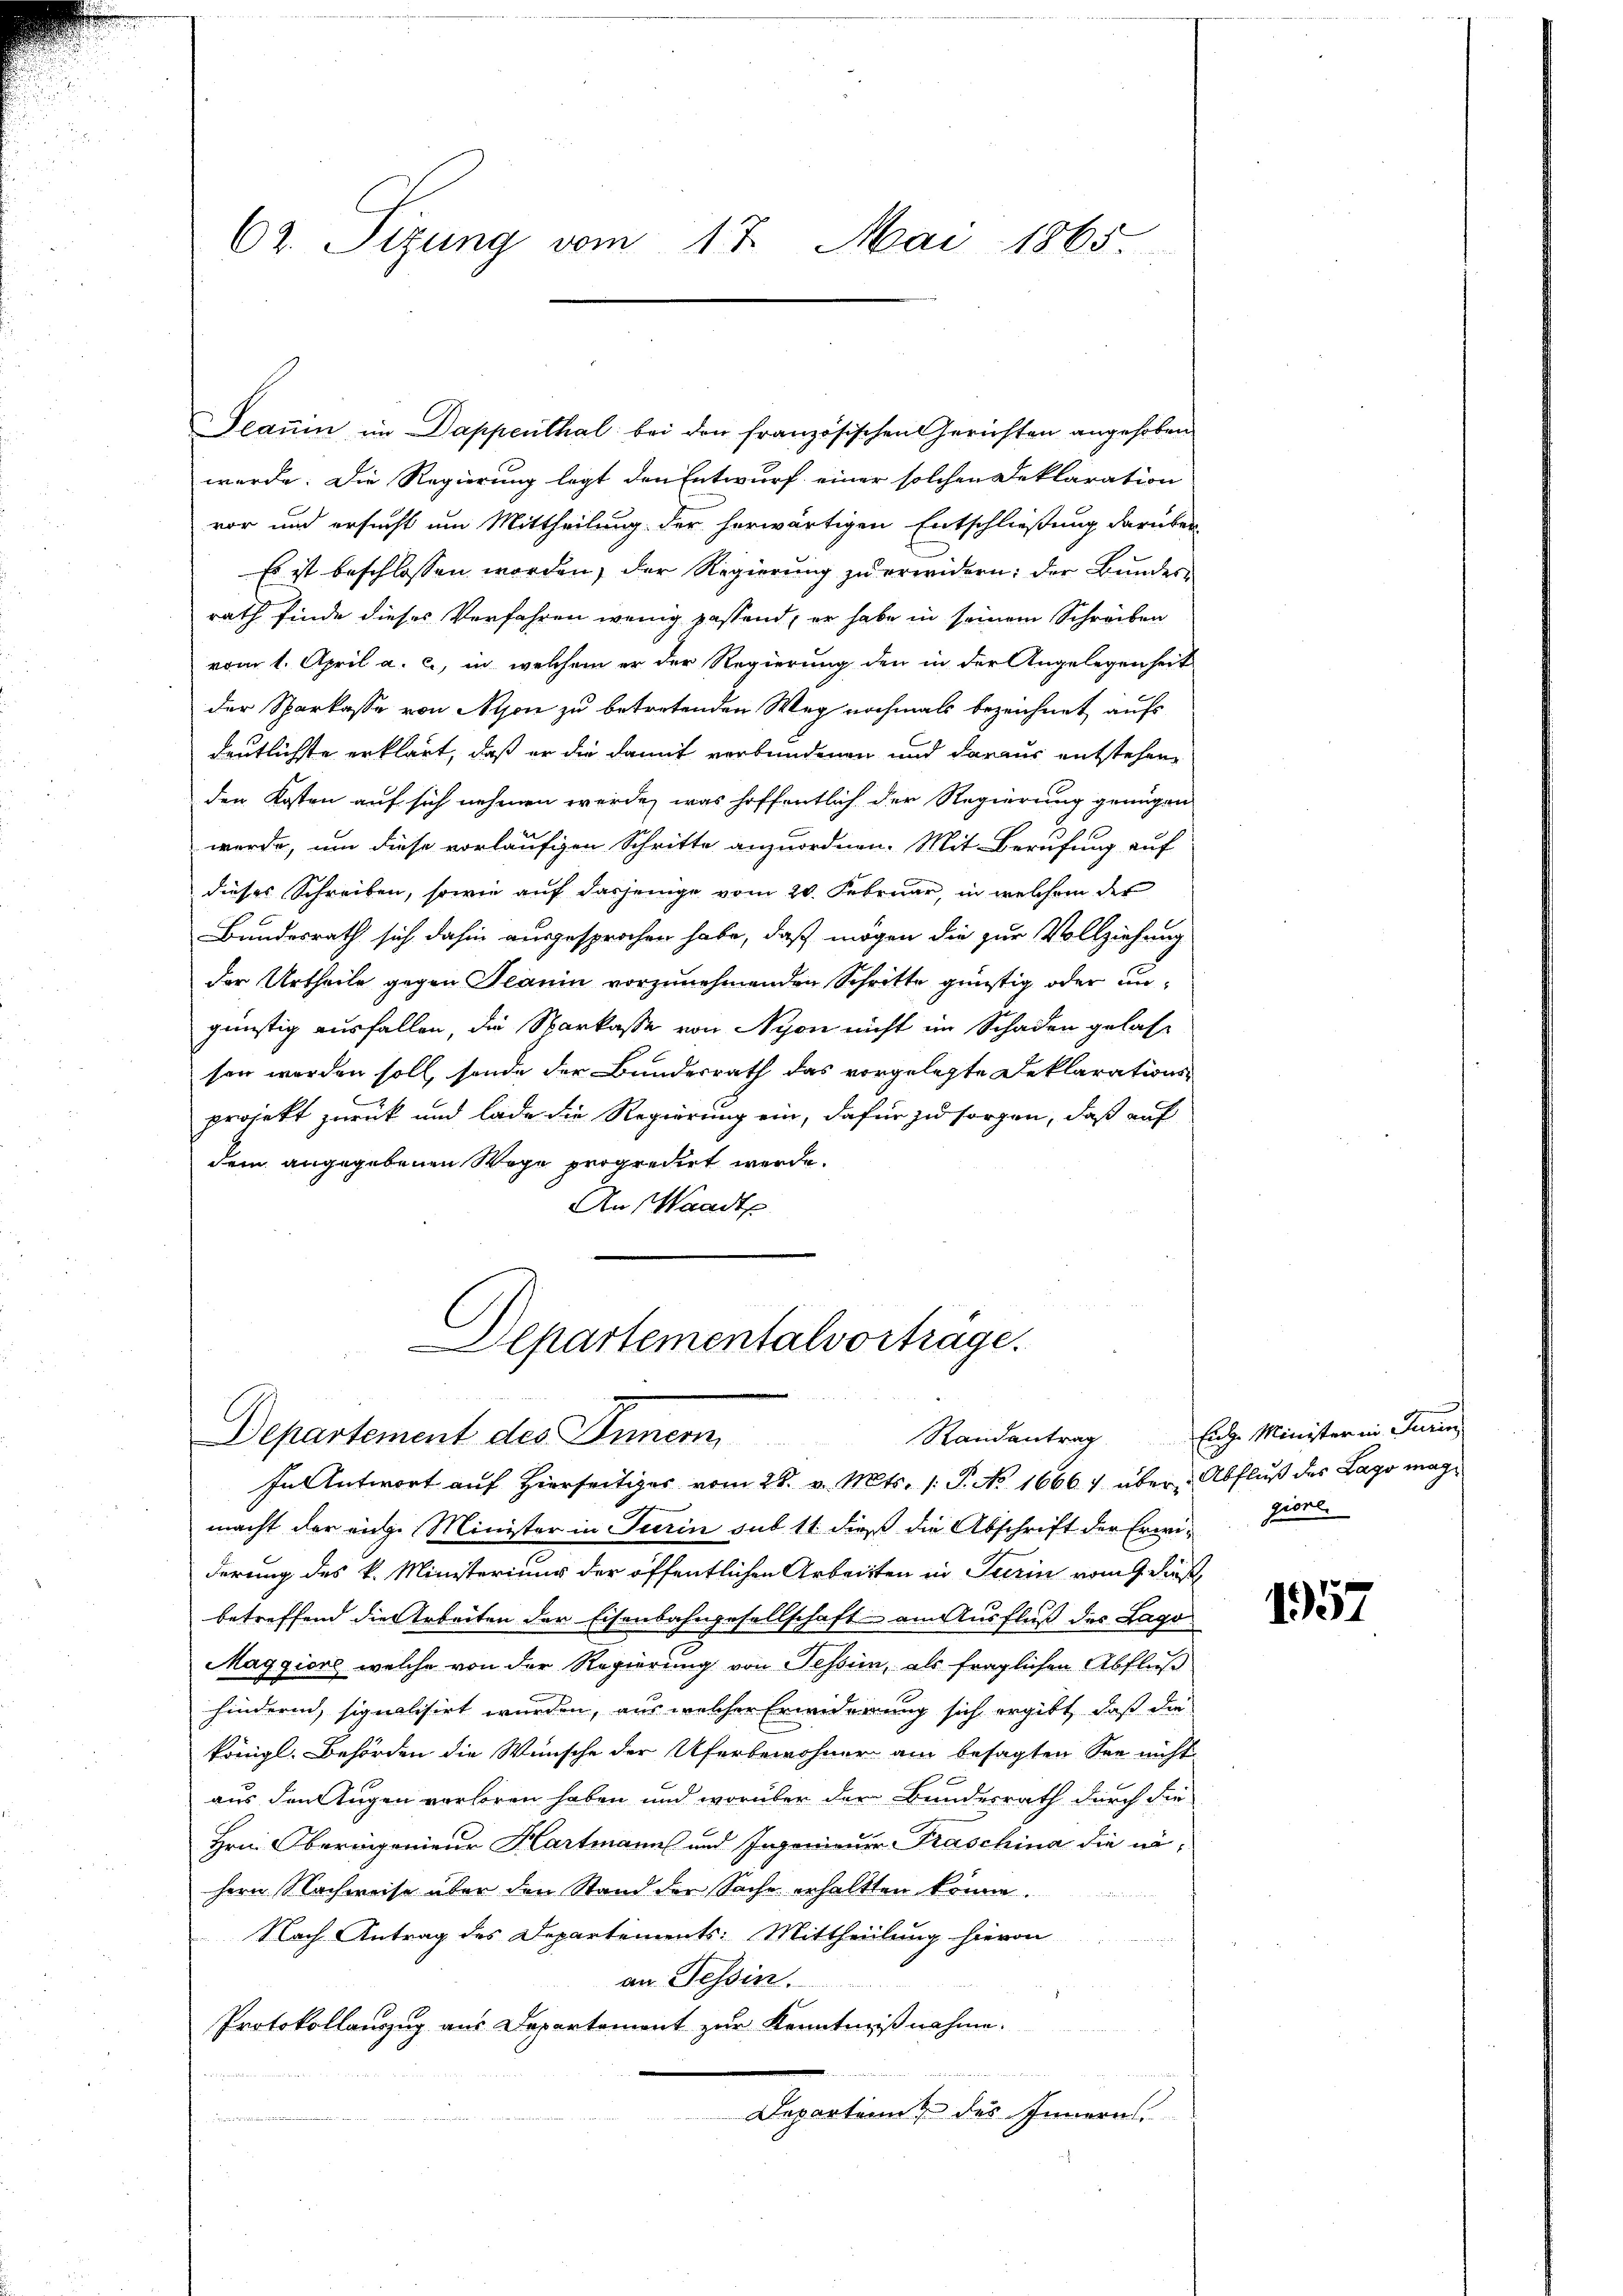
62. Sizung vom 17. Mai 1865.

Seaum im Dappenthal bei den französischen Gerichten angehoben
werde. Die Regierung legt den Entwurf einer solchen Deklaration
vor und ersucht um Mittheilung der herwärtigen Entschließung darüber
Es ist beschlossen worden, der Regierung zu erwidern: der Bundesrath finde dieses Verfahren wenig passend, er habe in seinem Schreiben
vom 1. April a. c., in welchem er der Regierung den in der Angelegenheit
der Sparkasse von Nyon zu betretenden Weg nochmals bezeichnet aufs
deutlichste erklärt, daß er die damit verbundenen und daraus entstehene
den Kosten auf sich nehmen werde, was hoffentlich der Regierung genügen
werde, um diese vorläufigen Schritte anzuordnen. Mit Berufung auf
dieses Schreiben, sowie auf dasjenige vom 20. Februar, in welchem der
Bundesrath sich dahin ausgesprochen habe, daß mögen die zur Vollziehung
der Urtheile gegen Planin vorzunehmenden Schritte günstig oder angünstig ausfallen, die Sarkasse von Nyon nicht im Schaden gelassen werden soll, sonde der Bundesrath das vorgelegte Deklarations¬
2
projekt zurück und lade die Regierung ein, dafür zu sorgen, daß auf
dem angegebenen Wege propredirt werde.
An Waadt

Departementalvortrage.
Departement des Innern,
In Antwort auf Hierseitiger vom 28. v. Mts. 1. P. No. 1666) über Abfluß des Lago mög¬

macht der eige Minister in Turin sub 11 dieß die Abschrift der Erweigert
derung des k. Ministerium der öffentlichen Arbeiten in Turin vom 9. dieß
betreffend die Arbeiten der Eisenbahngesellschaft am Ausfluß des Lago
Maggiore, welche von der Regierung von Tessin, als fraglichen Abfluß
hinderin, signalisirt wurden, aus welcher Erinderung sich ergibt, daß die
königl. Behörden die Wünsche der Uferbewohner am besagten See nicht
aus den Augen verloren haben und worüber der Bundesrath durch die
Hrn. Oberingenieur Hartmann und Ingenieur Fraschina die nähern Nachweise über den Stand der Sache erhaltten könne.
Nach Antrag des Departements: Mittheilung hievon
an Tessin.
Protokollauszug aus Departement zur Kenntnißnahme.
n
s
Departent des Innern.
s

Randantrag. Ende Minister in Turin

1957